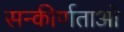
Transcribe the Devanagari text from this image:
सन्कीर्णताओ